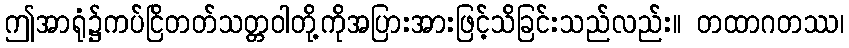
ဤအာရုံ၌ကပ်ငြိတတ်သတ္တဝါတို့ကိုအပြားအားဖြင့်သိခြင်းသည်လည်း။ တထာဂတဿ၊